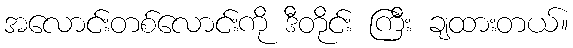
အလောင်းတစ်လောင်းကို ဒီတိုင်း ကြီး ချထားတယ်။